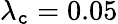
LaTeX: \lambda_{\mathtt{c}}=0.05